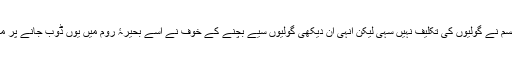
گو اسکے جسم نے گولیوں کی تکلیف نہیں سہی لیکن اُنہی انَ دیکھی گولیوں سیے بچنے کے خوف نے اسے بحیرۂ روم میں یوں ڈوب جانے پر مجبور کردیا۔